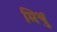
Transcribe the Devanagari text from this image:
मिथु